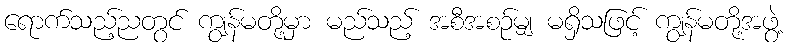
ရောက်သည့်ညတွင် ကျွန်မတို့မှာ မည်သည့် အစီအစဉ်မျှ မရှိသဖြင့် ကျွန်မတို့အဖွဲ့